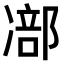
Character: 𠘁